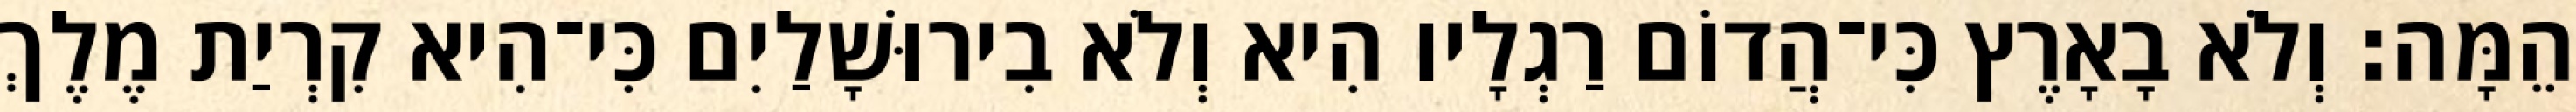
הֵמָּה׃ וְלֹא בָאָרֶץ כִּי־הֲדוֹם רַגְלָיו הִיא וְלֹא בִירוּשָׁלַיִם כִּי־הִיא קִרְיַת מֶלֶךְ